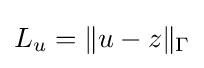
L_{u}=\Vert u-z\Vert _{\Gamma }